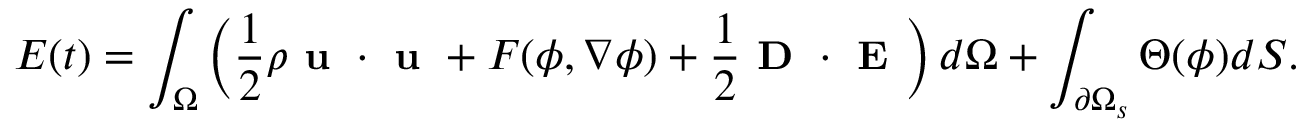
\small E ( t ) = \int _ { \Omega } \left( \frac { 1 } { 2 } \rho \textbf { u } \cdot \textbf { u } + F ( \phi , \nabla \phi ) + \frac { 1 } { 2 } \textbf { D } \cdot \textbf { E } \right) d \Omega + \int _ { \partial \Omega _ { s } } \Theta ( \phi ) d S .